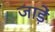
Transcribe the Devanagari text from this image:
जाड़ें